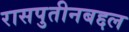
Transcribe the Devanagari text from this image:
रासपुतीनबद्दल